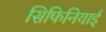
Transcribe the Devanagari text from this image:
सिफिनियाई